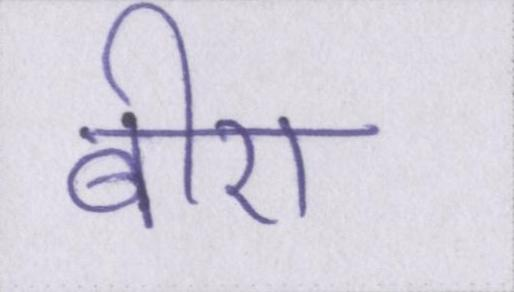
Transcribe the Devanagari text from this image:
बीए